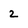
Character: 2